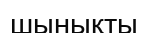
шынықты